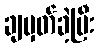
ချမှတ်ခဲ့ပြီး